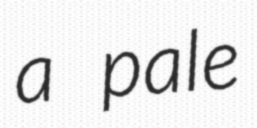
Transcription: a pale